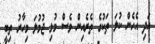
އަދި އެހެން ކުލަ ތަކުގެ ތެރެއިން ވެސް މުޅި ޖުމުލަ މިހާރު ތިބީ